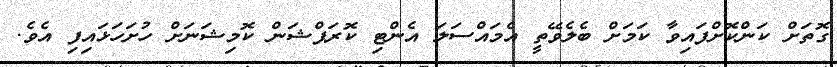
ގޮތަށް ކަންކޮށްފައިވާ ކަމަށް ބެލެވޭތީ އެމައްސަލަ އެންޓި ކޮރަޕްޝަން ކޮމިޝަނަށް ހުށަހަޅައިފި އެވެ.